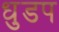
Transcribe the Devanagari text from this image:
धुडप